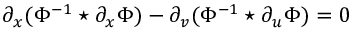
\partial _ { x } ( \Phi ^ { - 1 } \star \partial _ { x } \Phi ) - \partial _ { v } ( \Phi ^ { - 1 } \star \partial _ { u } \Phi ) = 0